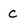
Character: C